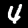
Label: 4